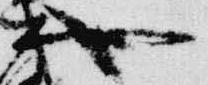
也